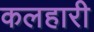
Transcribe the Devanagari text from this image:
कलहारी